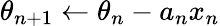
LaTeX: \theta_{n+1}\leftarrow\theta_{n}-a_{n}x_{n}